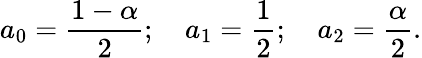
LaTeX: a_{0}={\frac{1-\alpha}{2}};\quad a_{1}={\frac{1}{2}};\quad a_{2}={\frac{\alpha}{2}}.